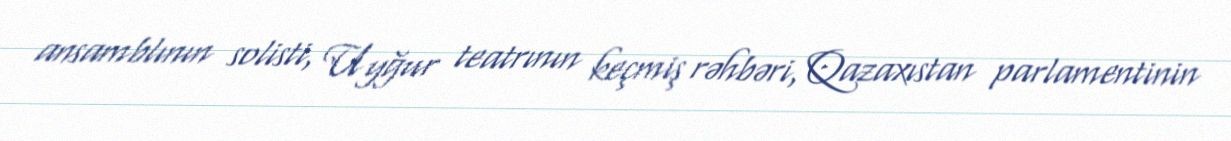
ansamblının solisti, Uyğur teatrının keçmiş rəhbəri, Qazaxıstan parlamentinin